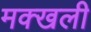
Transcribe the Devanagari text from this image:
मक्खली